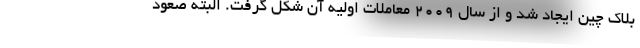
بلاک چین ایجاد شد و از سال ۲۰۰۹ معاملات اولیه آن شکل گرفت. البته صعود